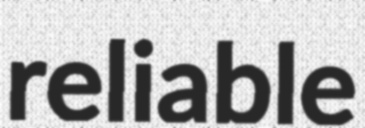
reliable